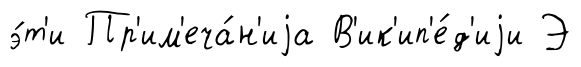
э́т'и Пр'им'еча́н'иjа В'ик'ип'е́д'иjи Э